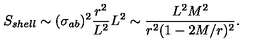
S _ { s h e l l } \sim ( \sigma _ { a b } ) ^ { 2 } \frac { r ^ { 2 } } { L ^ { 2 } } L ^ { 2 } \sim \frac { L ^ { 2 } M ^ { 2 } } { r ^ { 2 } ( 1 - 2 M / r ) ^ { 2 } } .